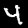
Label: 4